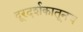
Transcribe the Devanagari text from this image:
दूरदर्शकातूनच